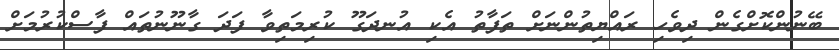
ބޭނުންކޮށްގެން ދިވެހި ރައްޔިތުންނަށް ތަފާތު އެކި އުނދަގޫ ކުރިމަތިވާ ފަދަ ގާނޫނުތައް ފާސްކުރުމަށް